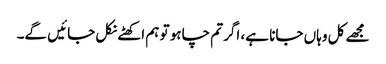
مجھے کل وہاں جانا ہے، اگر تم چاہو تو ہم اکھٹے نکل جائیں گے۔